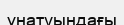
ұнатуындағы